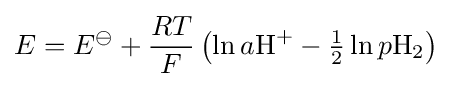
E=E^{\ominus }+{\frac {RT}{F}}\left(\ln a{\ce {H+}}-{\tfrac {1}{2}}\ln p{\ce {H2}}\right)